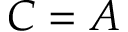
C = A